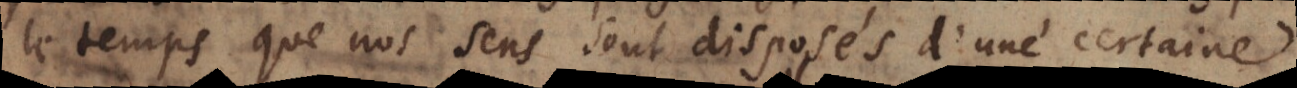
mps que nos sens sont disposés d’une certaine